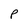
Character: P